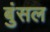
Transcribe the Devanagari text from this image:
बुंसल